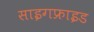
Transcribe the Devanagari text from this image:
साइगफ्राइड